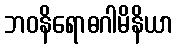
ဘဝနိရောဓဂါမိနိယာ